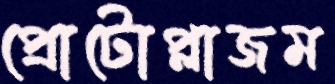
প্রোটোপ্লাজম